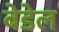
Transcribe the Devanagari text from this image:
बेडेल